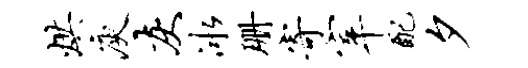
烘庾灰冰珊寄宰配夕